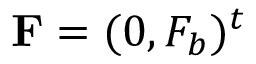
\mathbf { F } = ( 0 , F _ { b } ) ^ { t }